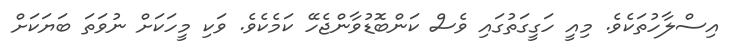
އިސްލާހުތަކެވެ. މިއީ ހަގީގަތުގައި ވެސް ކަންބޮޑުވާންޖެހޭ ކަމެކެވެ. ވަކި މީހަކަށް ނުވަތަ ބަޔަކަށް